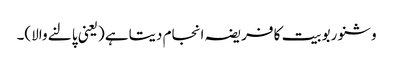
وشنو ربوبیت کا فریضہ انجام دیتاہے (یعنی پالنے والا)۔